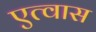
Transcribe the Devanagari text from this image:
एत्वास